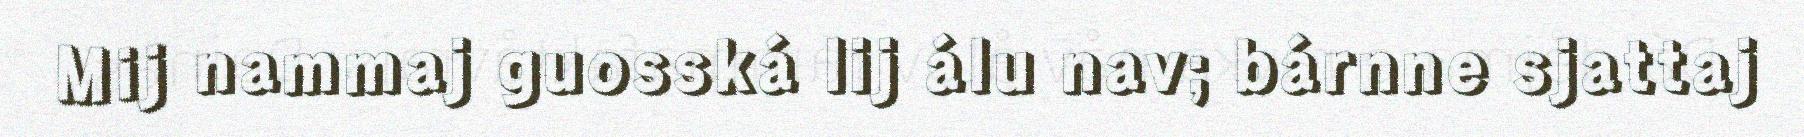
Mij nammaj guosská lij álu nav; bárnne sjattaj